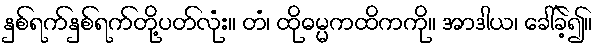
နှစ်ရက်နှစ်ရက်တို့ပတ်လုံး။ တံ၊ ထိုဓမ္မကထိကကို။ အာဒါယ၊ ခေါ်ခဲ့၍။